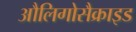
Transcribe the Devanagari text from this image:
औलिगोसैक्राइड